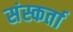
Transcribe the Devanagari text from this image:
संस्कर्ता